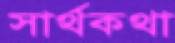
সার্থকথা